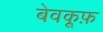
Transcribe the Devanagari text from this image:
बेवकू़फ़